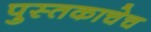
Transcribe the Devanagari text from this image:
पुस्तकाचेच